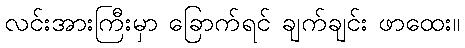
လင်းအားကြီးမှာ ခြောက်ရင် ချက်ချင်း ဖာထေး။